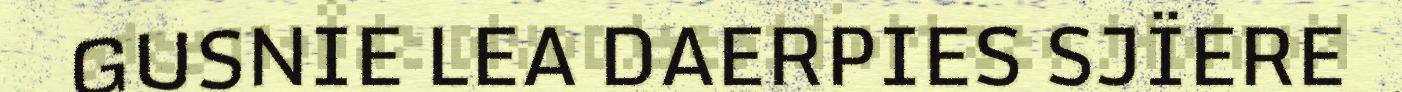
GUSNIE LEA DAERPIES SJÏERE